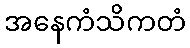
အနေကံသိကတံ